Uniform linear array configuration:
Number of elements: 4
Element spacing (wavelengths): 0.5
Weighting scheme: hamming
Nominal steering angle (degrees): -15
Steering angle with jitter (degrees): -16.03
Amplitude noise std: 0.05
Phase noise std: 0.05

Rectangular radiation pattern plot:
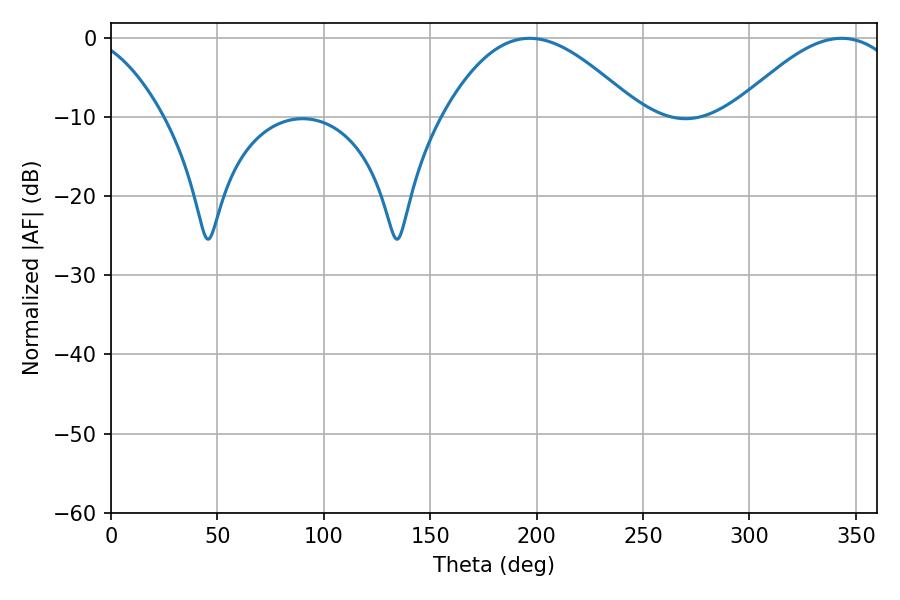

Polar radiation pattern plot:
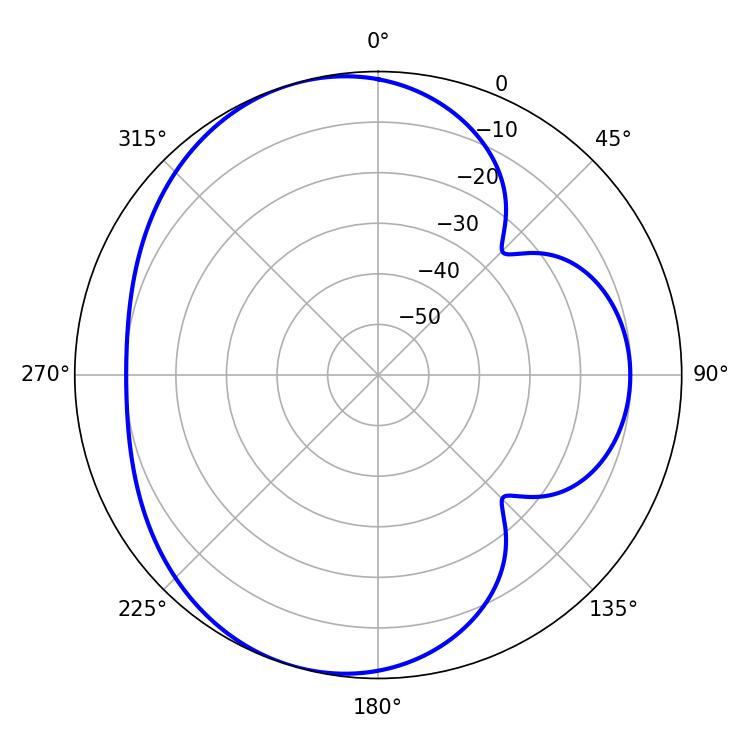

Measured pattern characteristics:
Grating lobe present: FALSE
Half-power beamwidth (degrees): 49.86
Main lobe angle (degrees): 196.74